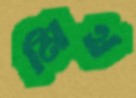
মিথ